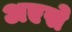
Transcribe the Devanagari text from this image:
अएसे